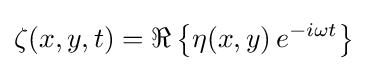
\zeta (x,y,t)=\Re \left\{\eta (x,y)\,e^{-i\omega t}\right\}